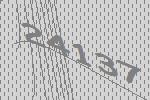
24137